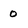
Character: 0